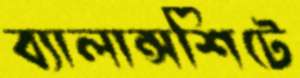
ব্যালান্সশিটে